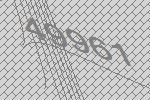
49961